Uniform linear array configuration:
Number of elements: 32
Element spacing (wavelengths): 0.25
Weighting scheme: kaiser
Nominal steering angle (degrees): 30
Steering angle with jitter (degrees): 28.797
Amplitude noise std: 0.05
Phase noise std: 0.05

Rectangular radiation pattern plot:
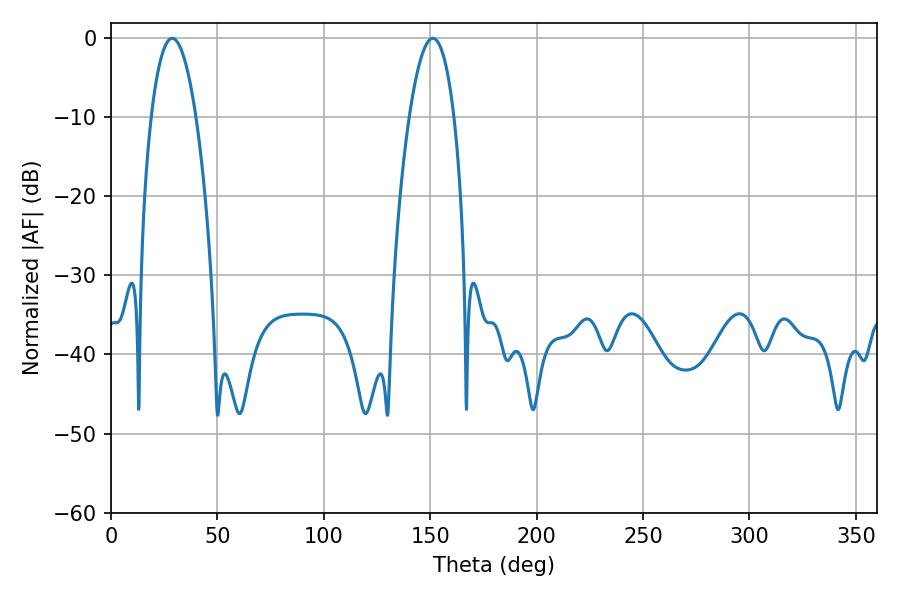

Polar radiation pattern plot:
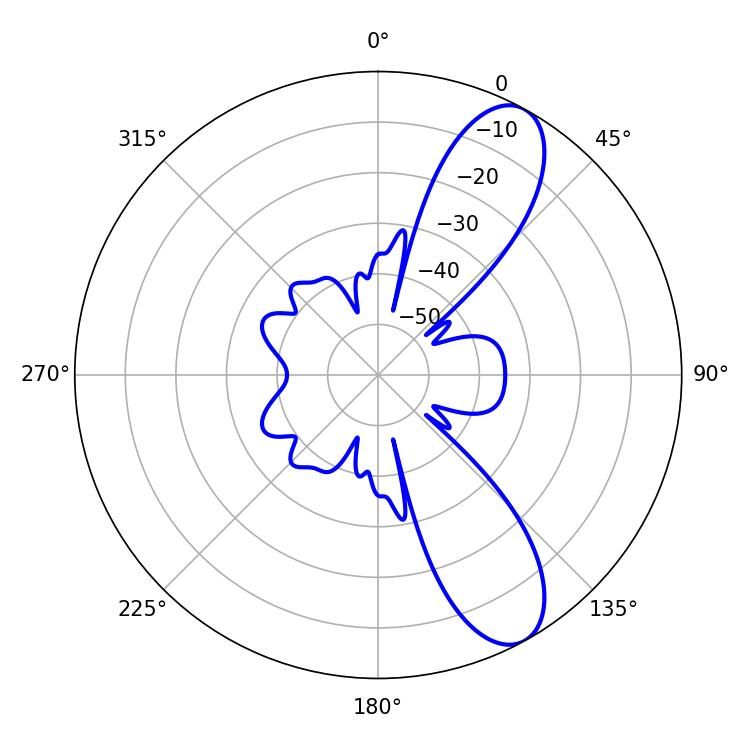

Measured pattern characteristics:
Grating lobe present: FALSE
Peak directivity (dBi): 9.771
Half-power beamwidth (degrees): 11.7
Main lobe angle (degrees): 28.8